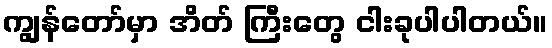
ကျွန်တော်မှာ အိတ် ကြီးတွေ ငါးခုပါပါတယ်။